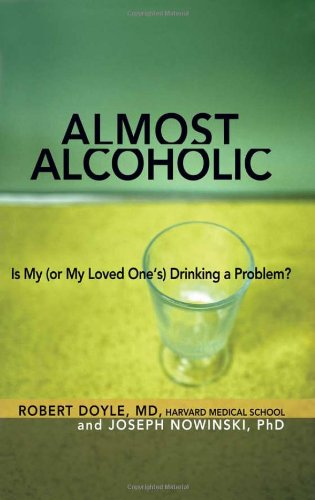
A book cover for Almost Alcoholic: Is My (or My Loved OneEEs) Drinking a Problem? (The Almost Effect); Ph.D. Joseph Nowinski PhD; Health, Fitness & Dieting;